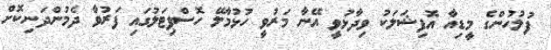
ފުލުހުންގެ މީޑިއާ އޮފިޝަލަކު ވިދާޅުވީ އޭނާ މަރުވީ ހުޅުމާލޭ ހޮސްޕިޓަލުގައި ފަރުވާ ދެމުންދަނިކޮށް